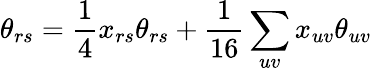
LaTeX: \theta_{rs}=\frac{1}{4}x_{rs}\theta_{rs}+\frac{1}{16}\sum_{uv}x_{uv}\theta_{uv}